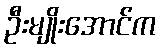
ဦးမျိုးအောင်က